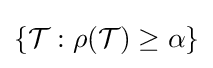
\{{\mathcal {T}}:\rho ({\mathcal {T}})\geq \alpha \}